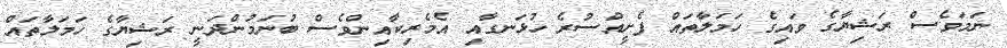
ނަމަވެސް ރަޝިޔާގެ ވައިގެ ހަމަލާތައް ފެށީއްސުރެ ހުޅަނގާއި އެމެރިކާއިންވެސް ބުނަމުންދަނީ ރަޝިޔާގެ ހަމަލާތައް